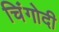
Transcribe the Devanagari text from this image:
चिंगोदी